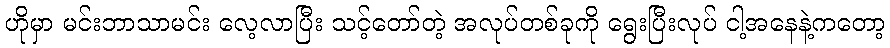
ဟိုမှာ မင်းဘာသာမင်း လေ့လာပြီး သင့်တော်တဲ့ အလုပ်တစ်ခုကို ရွေးပြီးလုပ် ငါ့အနေနဲ့ကတော့